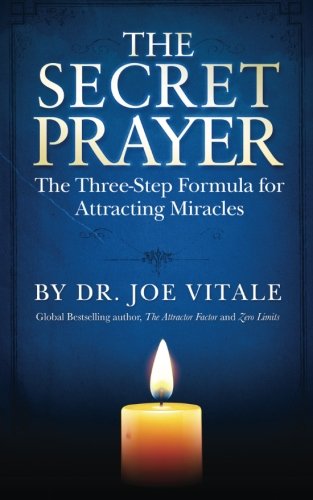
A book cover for The Secret Prayer: The Three-Step Formula for Attracting Miracles; Dr. Joe Vitale; Religion & Spirituality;